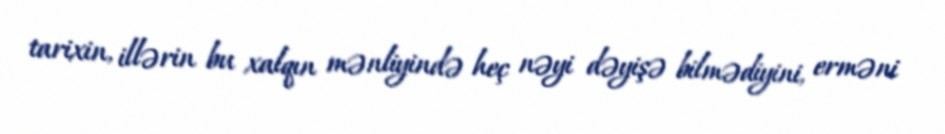
tarixin, illərin bu xalqın mənliyində heç nəyi dəyişə bilmədiyini, erməni